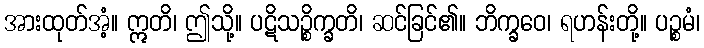
အားထုတ်အံ့။ ဣတိ၊ ဤသို့။ ပဋိသဉ္စိက္ခတိ၊ ဆင်ခြင်၏။ ဘိက္ခဝေ၊ ရဟန်းတို့။ ပဉ္စမံ၊